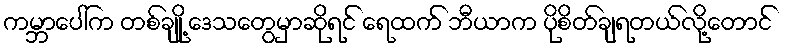
ကမ္ဘာပေါ်က တစ်ချို့ ဒေသတွေမှာဆိုရင် ရေထက် ဘီယာက ပိုစိတ်ချရတယ်လို့တောင်